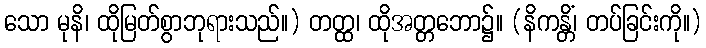
သော မုနိ၊ ထိုမြတ်စွာဘုရားသည်။) တတ္ထ၊ ထိုအတ္တဘော၌။ (နိကန္တိံ၊ တပ်ခြင်းကို။)